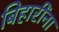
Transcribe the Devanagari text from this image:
बिहारींना